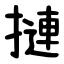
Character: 摙